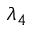
\lambda _ { 4 }